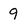
Character: 9